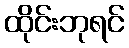
ထိုင်းဘုရင်